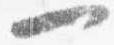
一